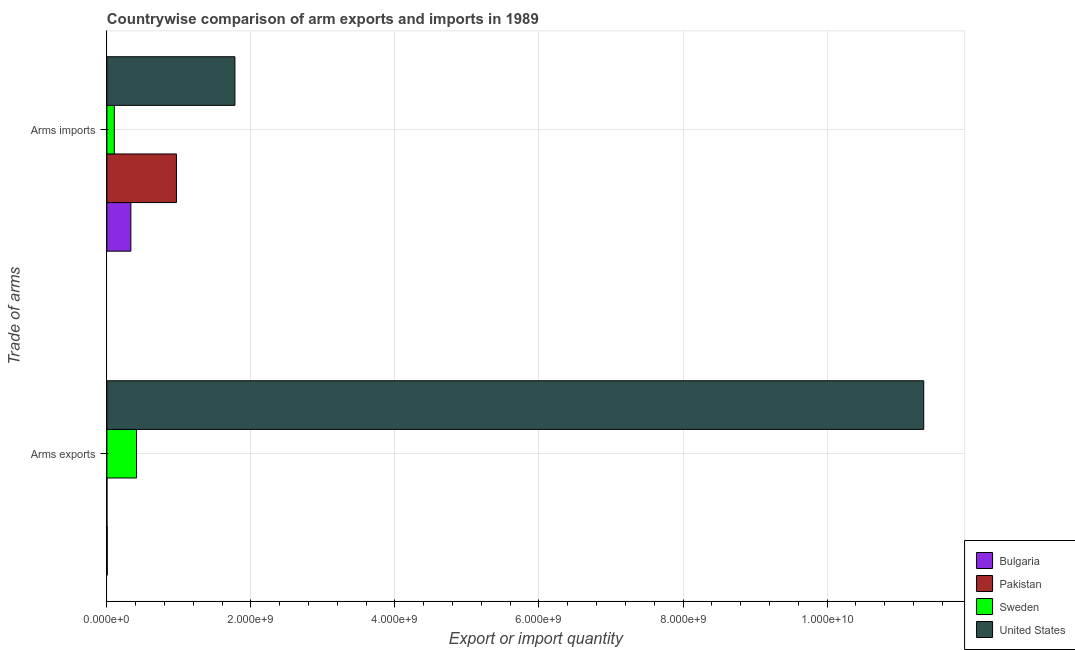
| Trade of arms | Bulgaria | Pakistan | Sweden | United States |
 | --- | --- | --- | --- | --- |
 | Arms exports | 5e+06 | 1e+06 | 4.12e+08 | 1.13e+10 |
 | Arms imports | 3.33e+08 | 9.66e+08 | 1.03e+08 | 1.78e+09 |